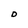
Character: D